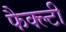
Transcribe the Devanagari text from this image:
फैक्ल्टी